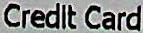
CREDIT CARD